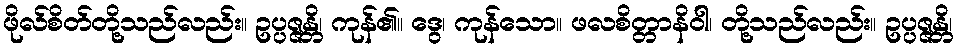
ဖိုလ်စိတ်တို့သည်လည်း။ ဥပ္ပဇ္ဇန္တိ၊ ကုန်၏။ ဒွေ၊ ကုန်သော။ ဖလစိတ္တာနိဝါ၊ တို့သည်လည်း။ ဥပ္ပဇ္ဇန္တိ၊